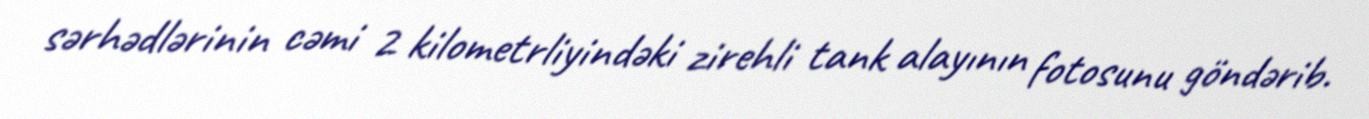
sərhədlərinin cəmi 2 kilometrliyindəki zirehli tank alayının fotosunu göndərib.